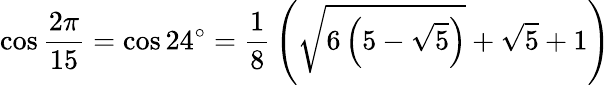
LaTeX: \cos{\frac{2\pi}{15}}=\cos 24^{\circ}={\frac{1}{8}}\left({\sqrt{6\left(5-{\sqrt{5}}\right)}}+{\sqrt{5}}+1\right)